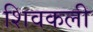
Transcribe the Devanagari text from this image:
शिवकली